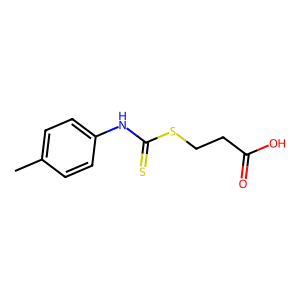
SMILES: Cc1ccc(NC(=S)SCCC(=O)O)cc1
Inhibits HIV replication: No